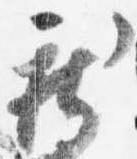
新